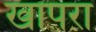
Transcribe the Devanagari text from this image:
खापरा